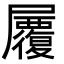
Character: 𡳷